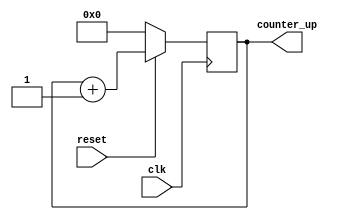
module upcounter(clk,reset,counter_up);
input clk,reset;
output reg[3:0] counter_up;
always @(posedge clk)
begin
if(reset==0)
counter_up<=4'b0000;
else
counter_up<=counter_up+4'b0001;
end endmodule